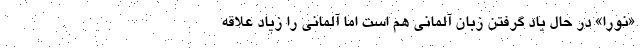
«نورا» در حال یاد گرفتن زبان آلمانی هم است اما آلمانی را زیاد علاقه